Vital statistics of India. Vol. IV, Annual returns from 1871 to 1876. British Army of India, Native Army and jails of Bengal
Year: 1871
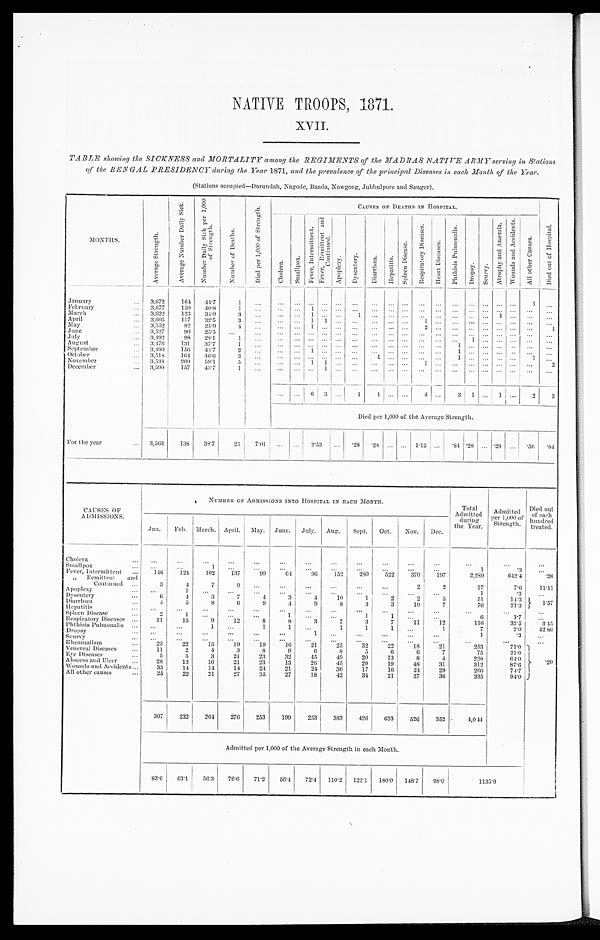
NATIVE TROOPS, 1871.
XVII.
TABLE showing the SICKNESS and MORTALITY among the REGIMENTS of the MADRAS NATIVE ARMY serving in Stations
of the BENGAL PRESIDENCY during the Year 1871, and the prevalence of the principal Diseases in each, Month of the Year.
(Stations occupied—Dorundah, Nagode, (Banda, Nowgong, Jubbulpore and Saugor).
MONTHS.
A v e r a g e S t r e n g t h .
A v e r a g e N u m b e r D a i l y S i c k .
N u m b e r D a i l y S i c k p e r 1 , 0 0 0 o f S t r e n g t h .
N u m b e r o f D e a t h s .
D i e d p e r 1 , 0 0 0 o f S t r e n g t h .
CAUSES OF DEATHS IN HOSPITAL.
C h o l e r a .
S m a l l p o x .
F e v e r , I n t e r m i t t e n t .
F e v e r , R e m i t t e n t a n d C o n t i n u e d .
A p o p l e x y .
D y s e n t e r y .
D i a r r h œ a . H e p a t i t i s . S p l e e n D i s e a s e .
R e s p i r a t o r y D i s e a s e .
H e a r t D i s e a s e s .
P h t h i s i s P u l m o n a l i s .
D r o p s y . S e i r v y .
A t r o p h y a n d A n œ m i a .
W o u n d s a n d A c c i d e n t s . A l l o t h e r C a s u s e s .
D i e d o f H o s p i t a l .
January
. . . 3,672 164 44.7
1
. . . . . .
. . . ... ... ... ...
. . . ... . . .
. . . . . .
. . .
. . . . . . . . .
. . . 1
. . .
February
. . . 3,677 150 40.8
1
. . . . . .
. . . 1 ... ...
. . . . . .
. . . . . .
. . . . . .
. . .
. . . . . . . . . . . . . . . . . .
March
. . . 3, 622 123 34.0
3 . . .
. . .
. . . 1 ... ...
1 . . . . . . . . .
. . . . . .
. . .
. . . . . . 1 . . . ... . . .
April
. . . 3,605 117 32.5
3 . . .
. . .
. . . 1 1 ...
. . .
. . . . . . . . . 1 . . . ... . . . . . . . . . . . . . . .
. . .
May
. . . 3,552
92 25.99
4
. . . . . .
. . . 1 ... ...
. . . . . . . . . . . .
9 . . . ... . . . . . . . . . . . . ... 1
June
. . . 3,527
90 25.3 . . .
. . .
. . .
. . . . . . ... ... . . .
. . . . . . . . .
. . . . . .
. . . . . . . . . . . . . . . ...
. . .
July
. . . 3,492
98 28.1
1
. . .
. . . . . . . . . ... ...
. . . . . .
. . . . . . ...
. . . ... . . . . . . . . . . . . ...
. . .
August
. . . 3,476 131 37.7
1
. . .
. . . . . . . . . ... ... . . .
. . .
. . . . . . ... ...
1 . . . . . . . . . . . . ...
. . .
September
. . . 3,490 156 44.7
2
. . .
. . . . . . 1 ... ...
. . .
. . . . . . . . . ... ... 1 . . . . . . . . . . . . . . .
. . .
October
. . . 3,518 164 46.6
3
. . . . . . . . . . . . ... ... . . .
1 . . . . . . ... ... 1
. . . . . . . . . . . . 1 . . .
November
. . . 3,538 209 59.1
5
. . .
. . . . . . 1 ... ...
. . .
. . . . . . ...
1 . . . ... ... ... . . . . . . ...
2
December
. . . 3,590 157 43.7
1
. . . . . . . . . . . . ... ...
. . .
. . . . . . . . .
. . . . . . ... . . . ... . . . . . . ...
. . .
...
. . . 6 3
3 ... 1
1 . . . ...
4 . . . 3 1 . . . 1 . . . 2
3
_
Died per 1,000 of the Average Strength.
For the year
. . . 3,563 138 38.7
25 7. 01
. . .
. . .
2. 53 ... .28 .28 ... ... 1.12 ...
. 8 4 . 2 8 ... .28 ...
. 56
. 8 4
CAUSES OF
ADMISSIONS.
NUMBER OF ADMISSIONS INTO HOSPITAL IN EACH MONTH.
Total
Admit ted
during
the Year.
Admitted
p e r 1 0 0 0 o f S t r e n g t h .
Died out
of each
hundre d.
treated.
Jan. Feb. March. April. May. June. July. Aug. Sept. Oct. Nov. Dee.
Cholera
... ...
. . .
. . . . . .
. . .
. . .
. . .
. . .
. . .
. . .
. . .
. . .
. . .
. . .
. . .
Smallpox
...
. . .
. . .
1
. . .
. . .
. . .
. . .
. . .
. . .
. . .
. . .
. . .
1
.3
. . .
Fever, Intermittent
. . . 146 124
102 137
99
64
96 152 280 522 370 197
2,289
642.4
.26
, , R e m i t t e n t a n d C o n t i n u e d . . .
3
4
7
9
. . .
. . . ...
...
...
...
2
2
27
7.6 11.11
Apoplexy
...
. . .
1
. . . ...
. . .
. . .
. . . ...
. . .
. . . ...
...
1
. 3
. . .
Dysentery
. . .
6
4
3
7
4
3
4
10
1
2
2
5
51
14.3 1.57
Diarrhœa
. . . 4
5
8
6
9
4
9
8
3
3
10
7
76
21.3
Hepatitis
. . .
. . .
. . . . . .
. . .
. . .
. . .
. . .
. . .
. . .
. . .
. . .
. . .
. . .
. . .
. . .
Spleen Disease
. . .
2
1
. . .
. . .
. . .
1
. . .
. . .
1
1 ...
. . .
6
1.7
. . .
Respiratory Diseases ...
21
15
9
12
8
8
3
7
3
7
11
12
116
32.5
3. 45
Phthisis Pulmonalis . . . ...
...
1
. . .
1
. . .
. . .
1
1
1 ...
1
7
2.0 42.86
. Dropsy
...
. . . ...
...
...
. . . ...
1
. . . ...
...
...
...
1
.3
. . .
Scurvy
. . .
. . .
. . .
. . .
. . .
. . .
. . .
. . .
. . .
. . .
. . .
. . .
. . .
. . .
. . .
. . .
Rheumatism
...
23
22
15
19
19
16
21
25
32
22
18
21
253
71.0 . 2 0
Venereal Diseases ...
11
2
4
3
8
9
6
8
5
6
6
7
75
21.0
Eye Diseases
...
5
5
3
21
23
32
45
49
20
13
8
4
228
64.0
Abseess and Ulcer
. . . 28
13
16
21
23
13
26
45
29
19
48
31
312
87.6
Wounds and Accidents...
...
33
14
14
14
24
21
24
30
17
16
24
29
266
74.7
All other causes
...
25
22
21
27
35
27
18
42
34
21
27
36
335
94.0
307 232 204 276 253 199 253 353 426 633 526 352 4,044
Admitted per 1,000 of the Average Strength in each Month.
83.6 63.1 56.3 76.6 71.2 56.4 72.4 110.2 122.1 180.0 148.7 93.0
1 1 3 5 . 0